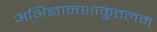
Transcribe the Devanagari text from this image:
अभिज्ञानशाकुंतलम्‌